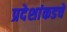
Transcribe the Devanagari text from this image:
प्रदेशांकडचे